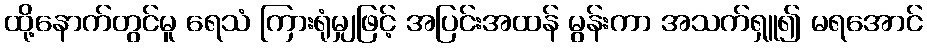
ထို့နောက်တွင်မူ ရေသံ ကြားရုံမျှဖြင့် အပြင်းအထန် မွန်းကာ အသက်ရှူ၍ မရအောင်